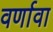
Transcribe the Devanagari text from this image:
वर्णावा